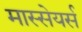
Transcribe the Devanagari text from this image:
मास्सेयर्स